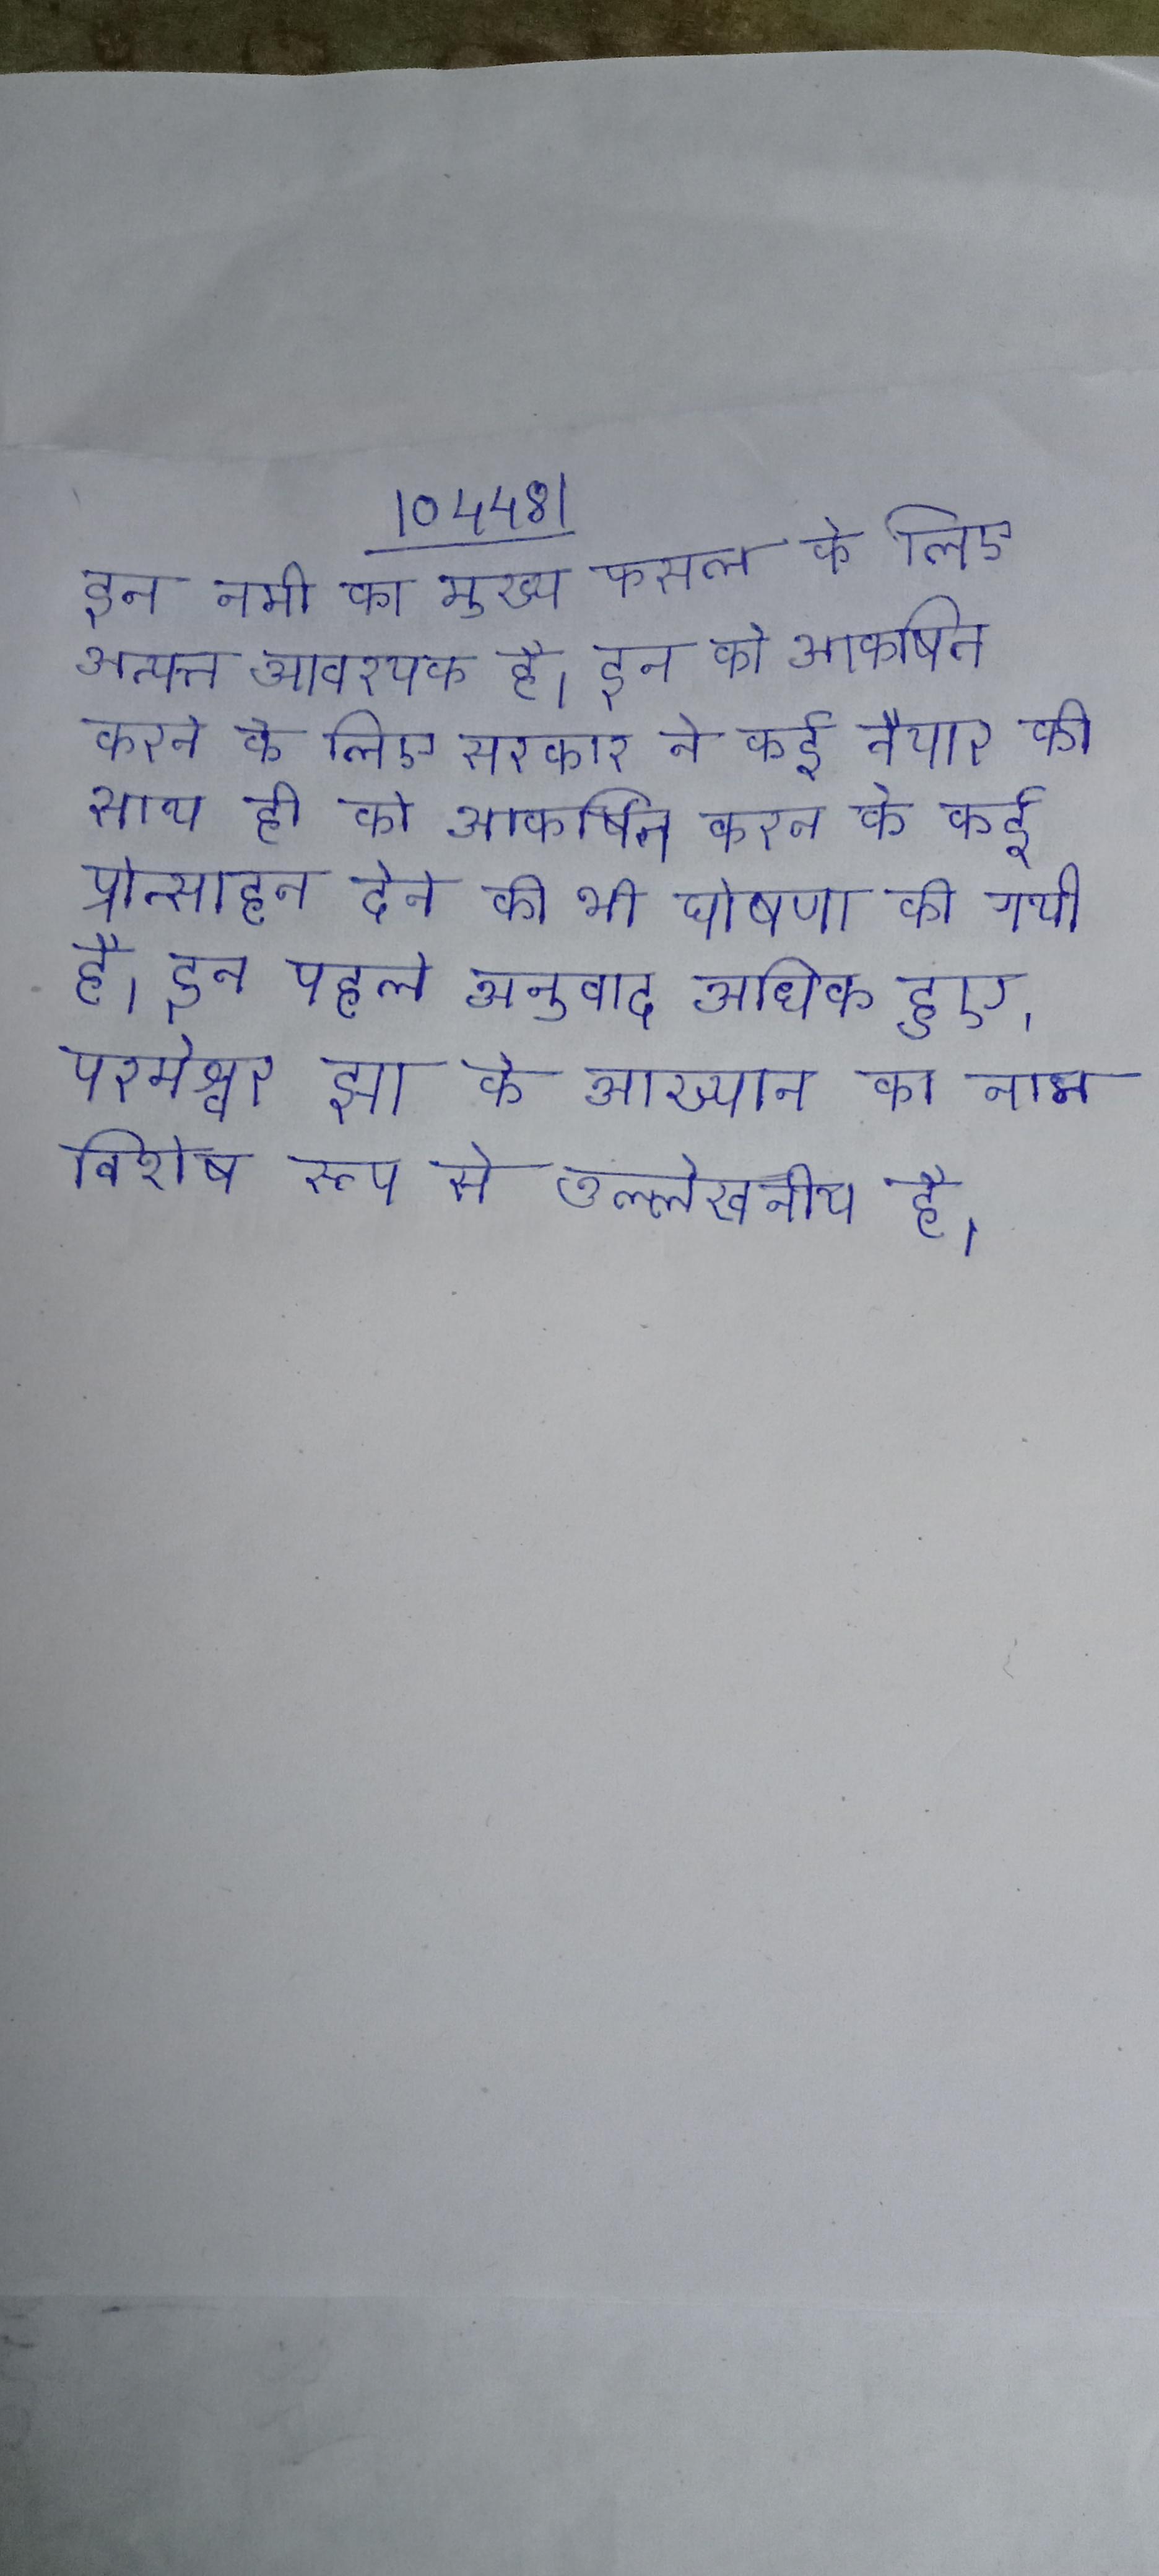
इन नमी का मुख्य फसल के लिए अत्यन्त आवश्यक है । इन को आकर्षित करने के लिए सरकार ने कई तैयार की साथ ही को आकर्षित करने के कई प्रोत्साहन देने की भी घोषणा की गयी है । इन पहले अनुवाद अधिक हुए, परमेश्वर झा के आख्यान का नाम विशेष रूप से उल्लेखनीय है ।